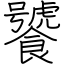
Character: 饕